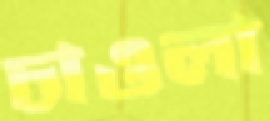
চাওলা